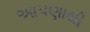
આપણાથી